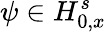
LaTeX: \psi\in H_{0,x}^{s}